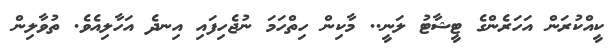
ކީއްކުރަން އަހަރެންގެ ޓީޝާޓު ލަނީ.. މާކިން ހިތްހަމަ ނުޖެހިފައި އިނދެ އަހާލިއެވެ. ތުވާލިން